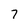
Character: 7